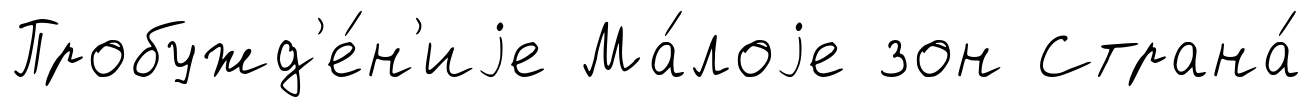
Пробужд'е́н'иjе Ма́лоjе зон Страна́